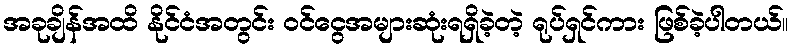
အခုချိန်အထိ နိုင်ငံအတွင်း ဝင်ငွေအများဆုံးရရှိခဲ့တဲ့ ရုပ်ရှင်ကား ဖြစ်ခဲ့ပါတယ်။